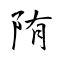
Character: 陏